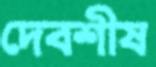
দেবশীষ